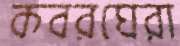
কবরঘেরা